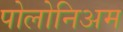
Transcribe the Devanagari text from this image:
पोलोनिअम